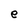
Character: e